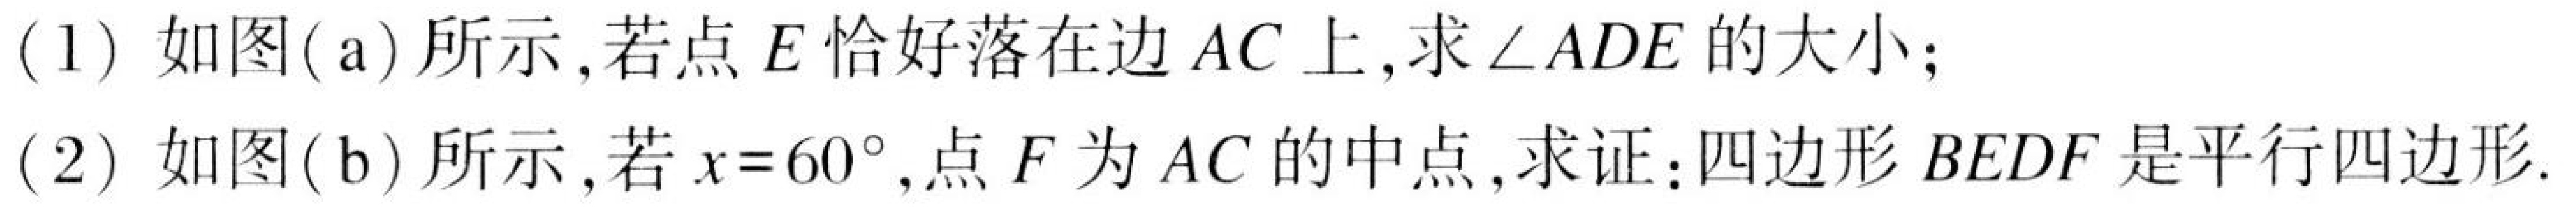
(1) 如图(a)所示,若点\(E\)恰好落在边\(AC\)上,求\(\angle ADE\)的大小;

(2) 如图(b)所示,若\(x = 60^{\circ}\),点\(F\)为\(AC\)的中点,求证:四边形\(BEDF\)是平行四边形.